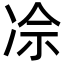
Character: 𪞡